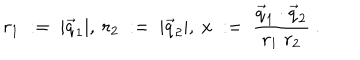
LaTeX: r _ { 1 } \; : = \; | \vec { q } _ { 1 } | , \ r _ { 2 } \; : = \; | \vec { q } _ { 2 } | , \ x \; : = \; \frac { \vec { q } _ { 1 } \cdot \vec { q } _ { 2 } } { r _ { 1 } \; r _ { 2 } } \ .